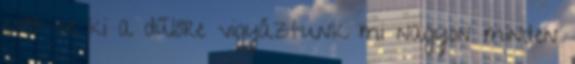
csőt se ki a dűlőre vigyáztunk mi nagyon minden